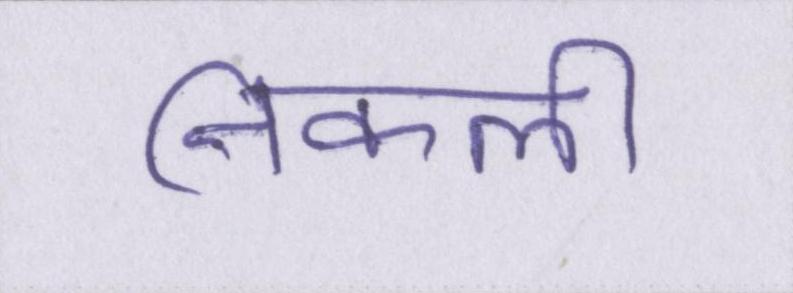
निकली